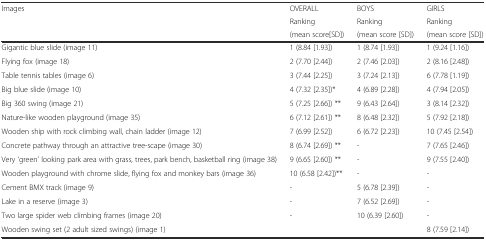
<table><thead><tr><td rowspan="3"><b>Images</b></td><td><b>OVERALL</b></td><td><b>BOYS</b></td><td><b>GIRLS</b></td></tr><tr><td><b>Ranking</b></td><td><b>Ranking</b></td><td><b>Ranking</b></td></tr><tr><td><b>(mean score[SD])</b></td><td><b>(mean score [SD])</b></td><td><b>(mean score [SD])</b></td></tr></thead><tbody><tr><td>Gigantic blue slide (image 11)</td><td>1 (8.84 [1.93])</td><td>1 (8.74 [1.93])</td><td>1 (9.24 [1.16])</td></tr><tr><td>Flying fox (image 18)</td><td>2 (7.70 [2.44])</td><td>2 (7.46 [2.03])</td><td>2 (8.16 [2.48])</td></tr><tr><td>Table tennis tables (image 6)</td><td>3 (7.44 [2.25])</td><td>3 (7.24 [2.13])</td><td>6 (7.78 [1.19])</td></tr><tr><td>Big blue slide (image 10)</td><td>4 (7.32 [2.35])*</td><td>4 (6.89 [2.28])</td><td>4 (7.94 [2.05])</td></tr><tr><td>Big 360 swing (image 21)</td><td>5 (7.25 [2.66]) **</td><td>9 (6.43 [2.64])</td><td>3 (8.14 [2.32])</td></tr><tr><td>Nature-like wooden playground (image 35)</td><td>6 (7.12 [2.61]) **</td><td>8 (6.48 [2.32])</td><td>5 (7.92 [2.18])</td></tr><tr><td>Wooden ship with rock climbing wall, chain ladder (image 12)</td><td>7 (6.99 [2.52])</td><td>6 (6.72 [2.23])</td><td>10 (7.45 [2.54])</td></tr><tr><td>Concrete pathway through an attractive tree-scape (image 30)</td><td>8 (6.74 [2.69]) **</td><td>-</td><td>7 (7.65 [2.46])</td></tr><tr><td>Very ‘green’ looking park area with grass, trees, park bench, basketball ring (image 38)</td><td>9 (6.65 [2.60]) **</td><td>-</td><td>9 (7.55 [2.40])</td></tr><tr><td>Wooden playground with chrome slide, flying fox and monkey bars (image 36)</td><td>10 (6.58 [2.42])**</td><td>-</td><td>-</td></tr><tr><td>Cement BMX track (image 9)</td><td>-</td><td>5 (6.78 [2.39])</td><td>-</td></tr><tr><td>Lake in a reserve (image 3)</td><td>-</td><td>7 (6.52 [2.69])</td><td>-</td></tr><tr><td>Two large spider web climbing frames (image 20)</td><td>-</td><td>10 (6.39 [2.60])</td><td>-</td></tr><tr><td>Wooden swing set (2 adult sized swings) (image 1)</td><td></td><td></td><td>8 (7.59 [2.14])</td></tr></tbody></table>